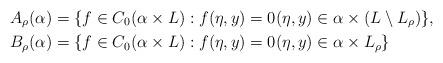
LaTeX: \begin{align*}A_{\rho}(\alpha)&=\{f \in C_0(\alpha\times L):f(\eta,y)=0(\eta,y)\in \alpha\times (L\setminus L_{\rho})\},\\B_{\rho}(\alpha)&=\{f \in C_0(\alpha\times L):f(\eta,y)=0(\eta,y)\in \alpha\times L_{\rho}\}\end{align*}